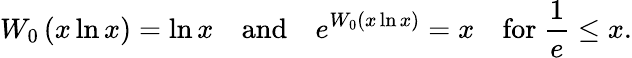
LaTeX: W_{0}\left(x\ln x\right)=\ln x\quad{\mathrm{and}}\quad e^{W_{0}\left(x\ln x\right)}=x\quad{\mathrm{for~}}{\frac{1}{e}}\leq x.